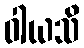
ဝါယသိ